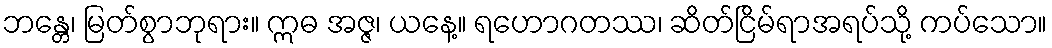
ဘန္တေ၊ မြတ်စွာဘုရား။ ဣဓ အဇ္ဇ၊ ယနေ့။ ရဟောဂတဿ၊ ဆိတ်ငြိမ်ရာအရပ်သို့ ကပ်သော။